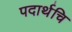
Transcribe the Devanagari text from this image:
पदार्थचि